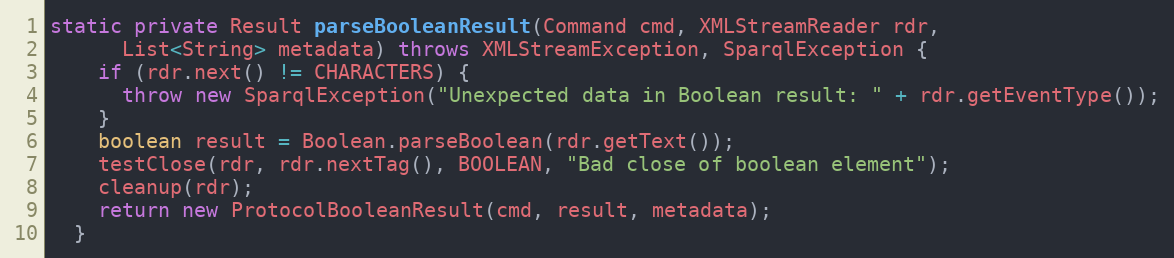
Language: Java
static private Result parseBooleanResult(Command cmd, XMLStreamReader rdr,
      List<String> metadata) throws XMLStreamException, SparqlException {
    if (rdr.next() != CHARACTERS) {
      throw new SparqlException("Unexpected data in Boolean result: " + rdr.getEventType());
    }
    boolean result = Boolean.parseBoolean(rdr.getText());
    testClose(rdr, rdr.nextTag(), BOOLEAN, "Bad close of boolean element");
    cleanup(rdr);
    return new ProtocolBooleanResult(cmd, result, metadata);
  }